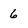
Character: 6